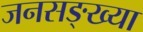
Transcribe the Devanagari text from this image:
जनसङ्ख्या